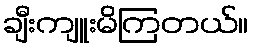
ချီးကျူးမိကြတယ်။